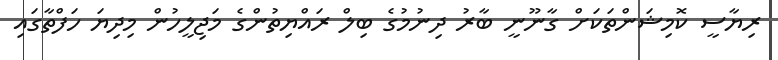
ރިޔާސީ ކޮމިޝަންތަކަށް ގާނޫނީ ބާރު ދިނުމުގެ ބިލް ރައްޔިތުންގެ މަޖިލީހުން މިދިޔަ ހަފްތާގައި